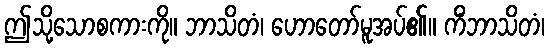
ဤသို့သောစကားကို။ ဘာသိတံ၊ ဟောတော်မူအပ်၏။ ကိံဘာသိတံ၊